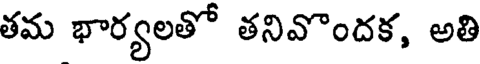
తమ భార్యలతో తనివొందక, అతి